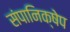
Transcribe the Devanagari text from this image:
संपानिक्षेप